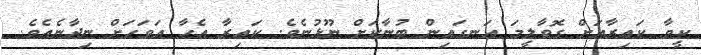
ކީވާ ކައިރާއަށް ގޮވާލީމަ އަނގައިން ބުނާކަށް ނޫޅުނެވެ. ކައިރާ އެހާ އަވަހަށް ނިދާނެއެވެ.